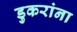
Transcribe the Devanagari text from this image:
डुकरांना